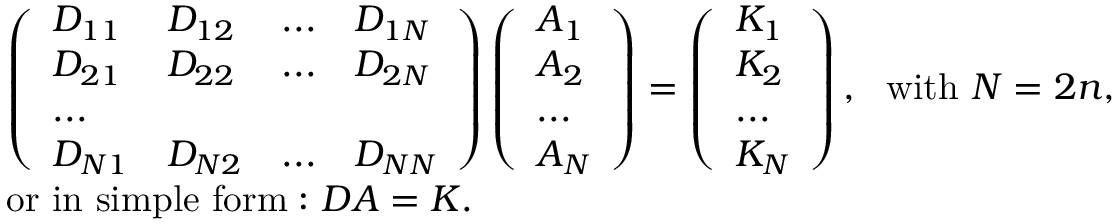
\begin{array} { r l } & { \left( \begin{array} { l l l l } { D _ { 1 1 } } & { D _ { 1 2 } } & { . . . } & { D _ { 1 N } } \\ { D _ { 2 1 } } & { D _ { 2 2 } } & { . . . } & { D _ { 2 N } } \\ { . . . } \\ { D _ { N 1 } } & { D _ { N 2 } } & { . . . } & { D _ { N N } } \end{array} \right) \left( \begin{array} { l } { A _ { 1 } } \\ { A _ { 2 } } \\ { . . . } \\ { A _ { N } } \end{array} \right) = \left( \begin{array} { l } { K _ { 1 } } \\ { K _ { 2 } } \\ { . . . } \\ { K _ { N } } \end{array} \right) , ~ ~ \mathrm { w i t h } ~ N = 2 n , } \\ & { \mathrm { o r ~ i n ~ s i m p l e ~ f o r m : } ~ D A = K . } \end{array}